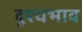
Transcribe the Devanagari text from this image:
दृश्यभाव